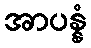
အာပန္နံ